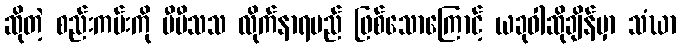
ဆိုတဲ့ စည်းကမ်းကို ပီပီသသ လိုက်နာရမည် ဖြစ်သောကြောင့် ယခုဝါဆိုချိန်မှာ သံဃာ